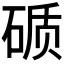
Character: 𰧉